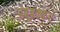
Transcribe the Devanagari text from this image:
अबूबक्कर